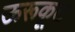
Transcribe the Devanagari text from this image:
ऊरूकूट